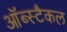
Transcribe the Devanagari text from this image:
ऑब्स्टैकल